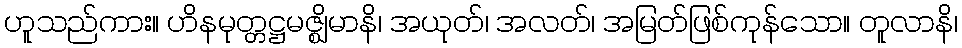
ဟူသည်ကား။ ဟိနမုတ္တဋ္ဌမဇ္ဈိမာနိ၊ အယုတ်၊ အလတ်၊ အမြတ်ဖြစ်ကုန်သော။ တူလာနိ၊